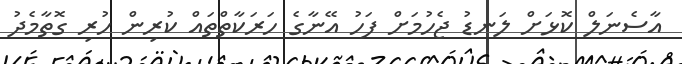
އާސެނަލް ކޮޅަށް ލަނޑު ޖެހުމަށް ފަހު އޭނާގެ ހަރަކާތްތައް ކުރިން ހުރި ގޮތާމެދު